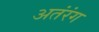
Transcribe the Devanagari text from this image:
अतंरंग